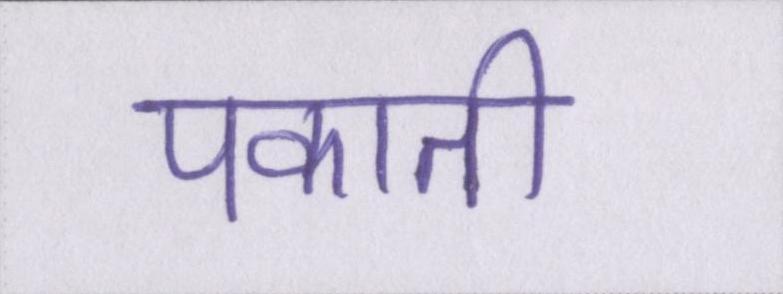
पकाती